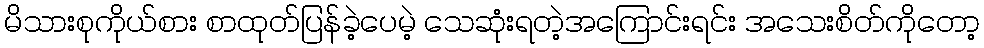
မိသားစုကိုယ်စား စာထုတ်ပြန်ခဲ့ပေမဲ့ သေဆုံးရတဲ့အကြောင်းရင်း အသေးစိတ်ကိုတော့